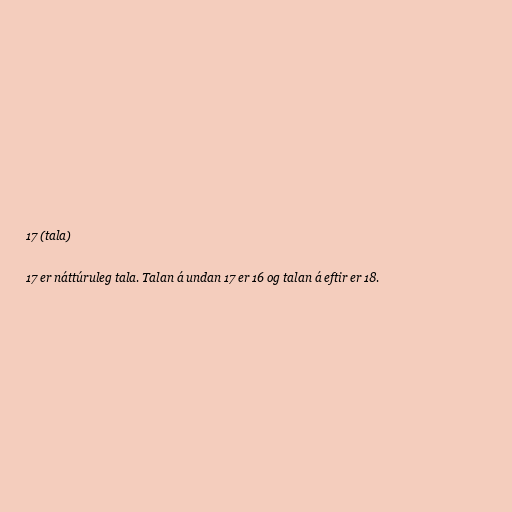
17 (tala)

17 er náttúruleg tala. Talan á undan 17 er 16 og talan á eftir er 18.